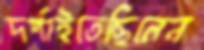
দর্শাইতেছিলেন